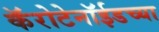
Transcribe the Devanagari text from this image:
कॅरोटेनॉईडच्या